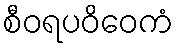
စီဝရပဝိဝေကံ